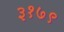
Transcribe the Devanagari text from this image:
३१७९